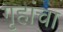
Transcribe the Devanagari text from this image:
गृहांचा